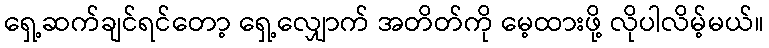
ရှေ့ဆက်ချင်ရင်တော့ ရှေ့လျှောက် အတိတ်ကို မေ့ထားဖို့ လိုပါလိမ့်မယ်။